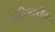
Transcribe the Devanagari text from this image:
अतिबारीक